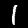
Label: 1